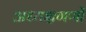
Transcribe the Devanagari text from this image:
अध्यक्षगणों